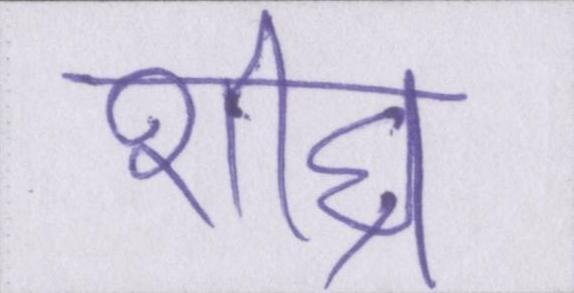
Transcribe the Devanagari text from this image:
शीघ्र